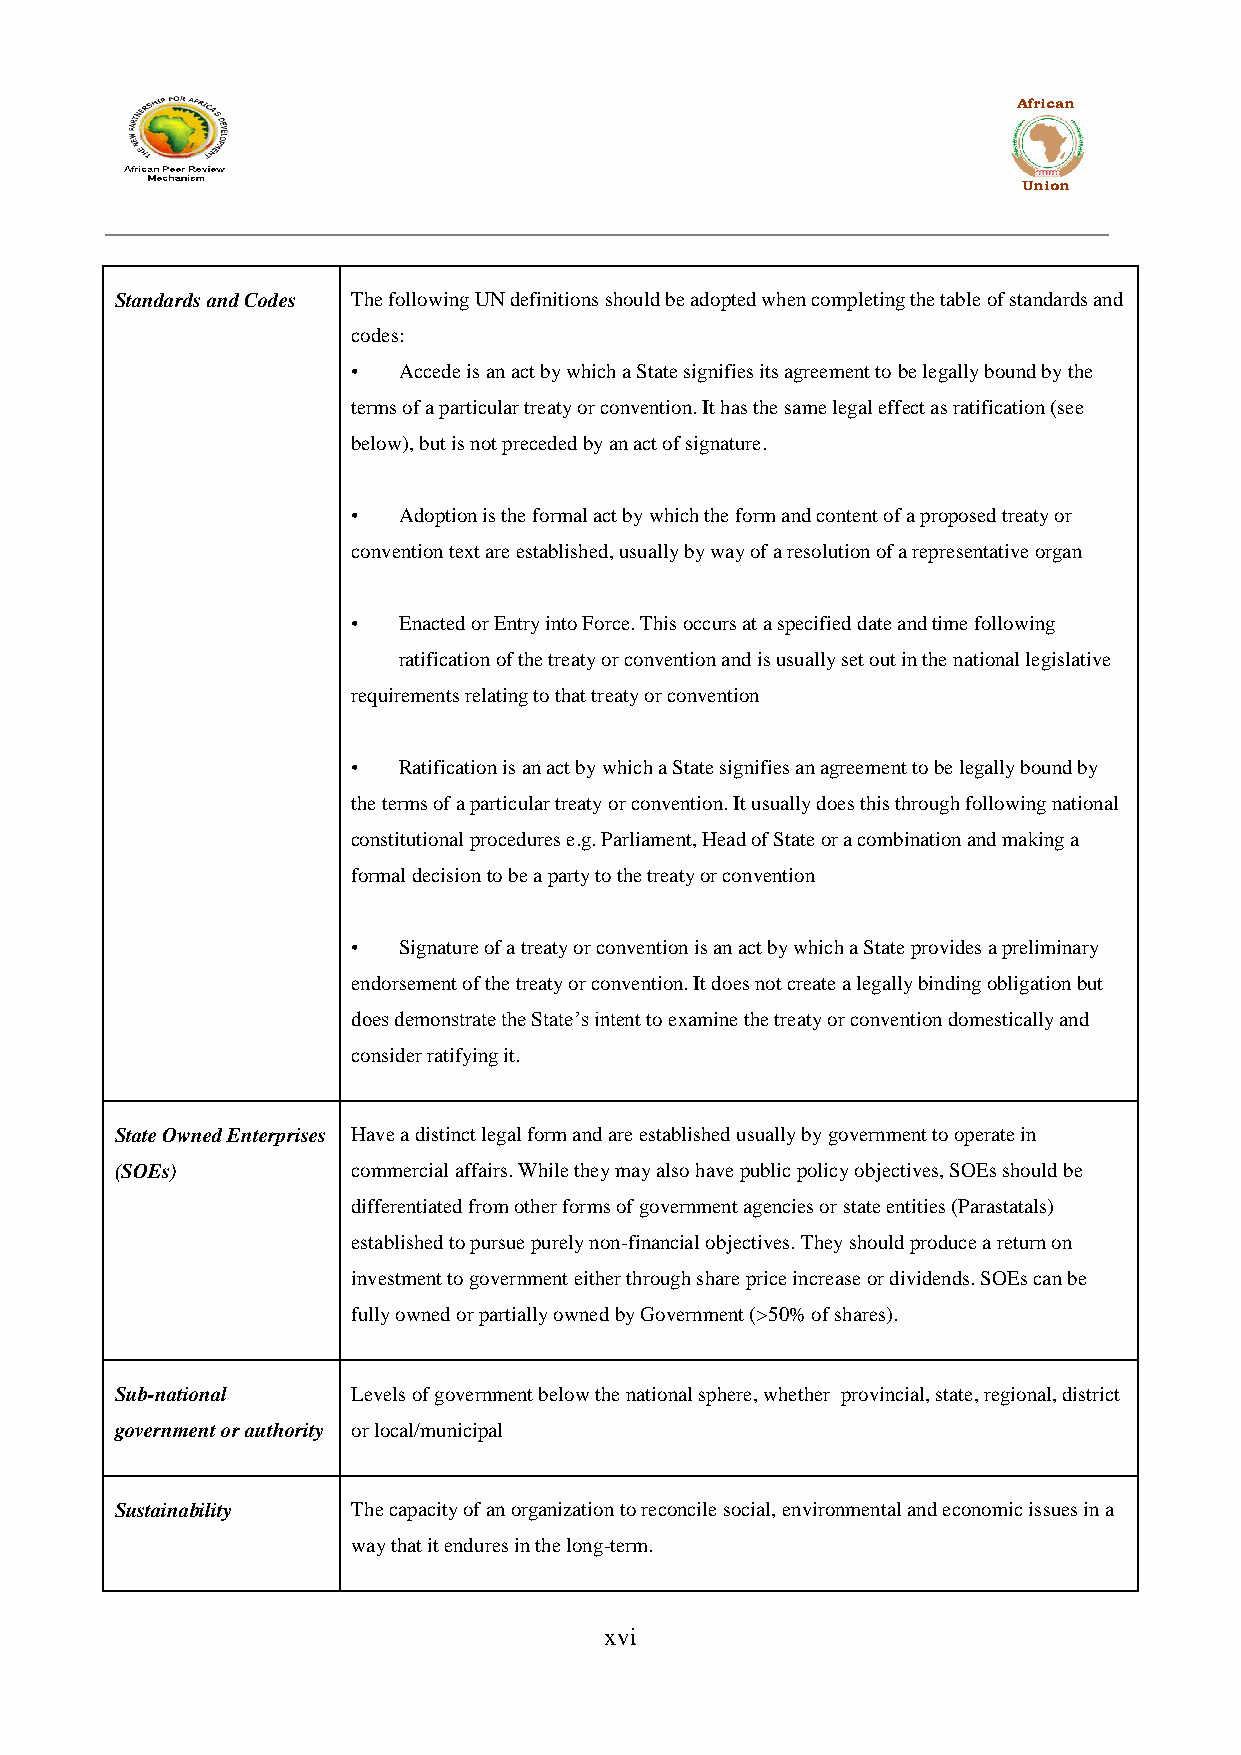
African
 Union
 Standards and Codes The following UN definitions should be adopted when completing the table of standards and
 codes:
 •  Accede is an act by which a State signifies its agreement to be legally bound by the
 terms of a particular treaty or convention. It has the same legal effect as ratification (see
 below), but is not preceded by an act of signature.
 •  Adoption is the formal act by which the form and content of a proposed treaty or
 convention text are established, usually by way of a resolution of a representative organ
 •  Enacted or Entry into Force. This occurs at a specified date and time following
 ratification of the treaty or convention and is usually set out in the national legislative
 requirements relating to that treaty or convention
 •  Ratification is an act by which a State signifies an agreement to be legally bound by
 the terms of a particular treaty or convention. It usually does this through following national
 constitutional procedures e.g. Parliament, Head of State or a combination and making a
 formal decision to be a party to the treaty or convention
 •  Signature of a treaty or convention is an act by which a State provides a preliminary
 endorsement of the treaty or convention. It does not create a legally binding obligation but
 does demonstrate the State‟s intent to examine the treaty or convention domestically and
 consider ratifying it.
 State Owned Enterprises Have a distinct legal form and are established usually by government to operate in
 (SOEs)         commercial affairs. While they may also have public policy objectives, SOEs should be
 differentiated from other forms of government agencies or state entities (Parastatals)
 established to pursue purely non-financial objectives. They should produce a return on
 investment to government either through share price increase or dividends. SOEs can be
 fully owned or partially owned by Government (>50% of shares).
 Sub-national   Levels of government below the national sphere, whether provincial, state, regional, district
 government or authority or local/municipal
 Sustainability The capacity of an organization to reconcile social, environmental and economic issues in a
 way that it endures in the long-term.
 xvi